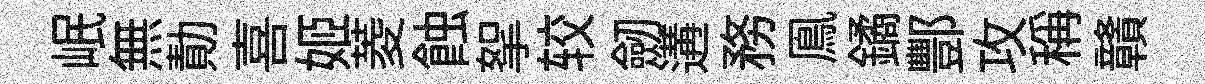
岷無勣喜姬菱蝕挐较劒遘務鳯鐍酆攻稱贛